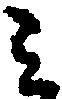
ミ